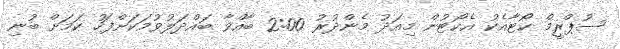
ސުޕްރީމް ކޯޓާއެކު އެކޯޓުން މިއަދު މެންދުރު 2:00 ބާއްވާ ބައްދަލުވުމަކަށްފަހު ކަމަށް ބުނި